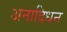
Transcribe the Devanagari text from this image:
अनादिधन